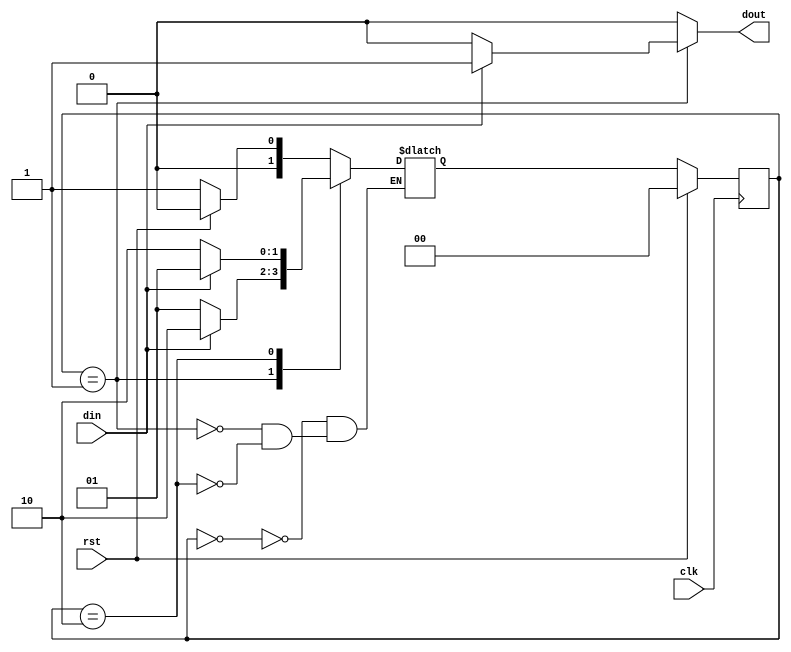
`timescale 1ns / 1ps
//////////////////////////////////////////////////////////////////////////////////
// Company: 
// Engineer: 
// 
// Design Name: 
// Module Name: melay_3
// Project Name: 
// Target Devices: 
// Tool Versions: 
// Description: 
// 
// Dependencies: 
// 
// Revision:
// Revision 0.01 - File Created
// Additional Comments:
// 
//////////////////////////////////////////////////////////////////////////////////


module melay_3(
    input clk,rst,din,
    output  reg dout
    );
parameter idle = 0;
parameter s0= 1;
parameter s1 = 2;
reg [1:0] s = idle ,ns = idle;
always@(posedge clk)
begin
if (rst)
 s <= idle;
else 
 s <= ns;
end
always@(s,din)
begin
case(s)
idle:begin
dout = 1'b0;
end
s0 :begin
if(din)
 dout = 1'b1;
else 
 dout = 1'b0;
end
s1 :begin
dout = 1'b0;
end
default: dout  = 1'b0;
endcase
end
always@(s,din)
begin
case(s)
idle: begin
if(rst)
 ns = idle;
else 
 ns = s0;
end
s0:begin
if(din)
 ns = s1;
else 
 ns = s0;
end
s1:begin
if(din)
 ns = s0;
else 
 ns = s1;
end
endcase
end
endmodule